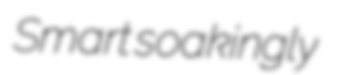
Smart soakingly